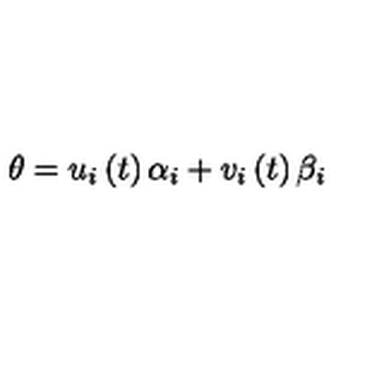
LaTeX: \theta = u _ { i } \left( t \right) \alpha _ { i } + v _ { i } \left( t \right) \beta _ { i }